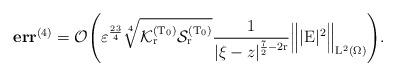
LaTeX: \begin{align*}\textbf{err}^{(4)} = \mathcal{O}\Bigg(\varepsilon^{\frac{23}{4}}\sqrt[4]{\mathcal{K}^{(\mathrm{T_0})}_{\mathrm{r}}\mathcal{S}^{(\mathrm{T_0})}_{\mathrm{r}}}\frac{1}{|\xi-z|^{\frac{7}{2}-2\mathrm{r}}}\Big\Vert|\mathrm{E}|^{2}\Big\Vert_{\mathrm{L}^2(\Omega)}\Bigg).\end{align*}